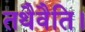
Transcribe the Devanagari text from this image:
तथैवैति।